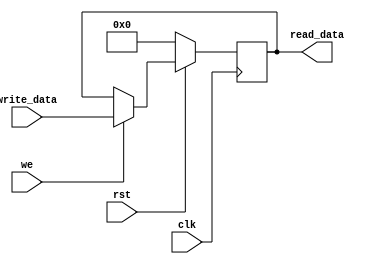
module key_storage (
    input  clk,
    input  rst,
    input  we,
    input  [127:0] write_data,
    output [127:0] read_data
    );

    reg [127:0] key;

//always @*
always @ (posedge clk)
begin    
    if(~rst)
        key = 0;
    else
        begin 
            if(we)
                key <= write_data;
            else
                key <= key;
        end
end
    assign read_data = key;

endmodule